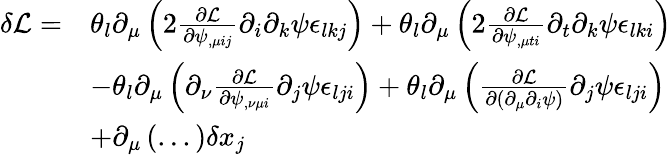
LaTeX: \begin{array}{rl}{\delta\mathcal{L}=}&{\theta_{l}\partial_{\mu}\left(2\frac{\partial\mathcal L}{\partial\psi_{,\mu ij}}\partial_{i}\partial_{k}\psi\epsilon_{lkj}\right)+\theta_{l}\partial_{\mu}\left(2\frac{\partial\mathcal L}{\partial\psi_{,\mu ti}}\partial_{t}\partial_{k}\psi\epsilon_{lki}\right)}\\ &{-\theta_{l}\partial_{\mu}\left(\partial_{\nu}\frac{\partial\mathcal L}{\partial\psi_{,\nu\mu i}}\partial_{j}\psi\epsilon_{lji}\right)+\theta_{l}\partial_{\mu}\left(\frac{\partial\mathcal{L}}{\partial(\partial_{\mu}\partial_{i}\psi)}\partial_{j}\psi\epsilon_{lji}\right)}\\ &{+\partial_{\mu}\left(...\right)\delta x_{j}}\end{array}